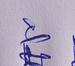
Signature authenticity: genuine